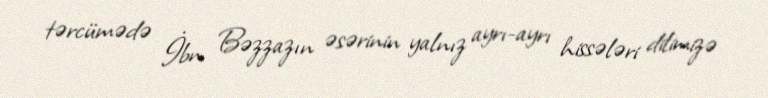
tərcümədə İbn Bəzzazın əsərinin yalnız ayrı-ayrı hissələri dilimizə